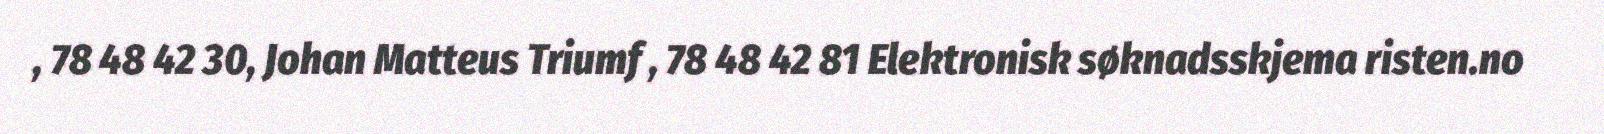
, 78 48 42 30, Johan Matteus Triumf , 78 48 42 81 Elektronisk søknadsskjema risten.no